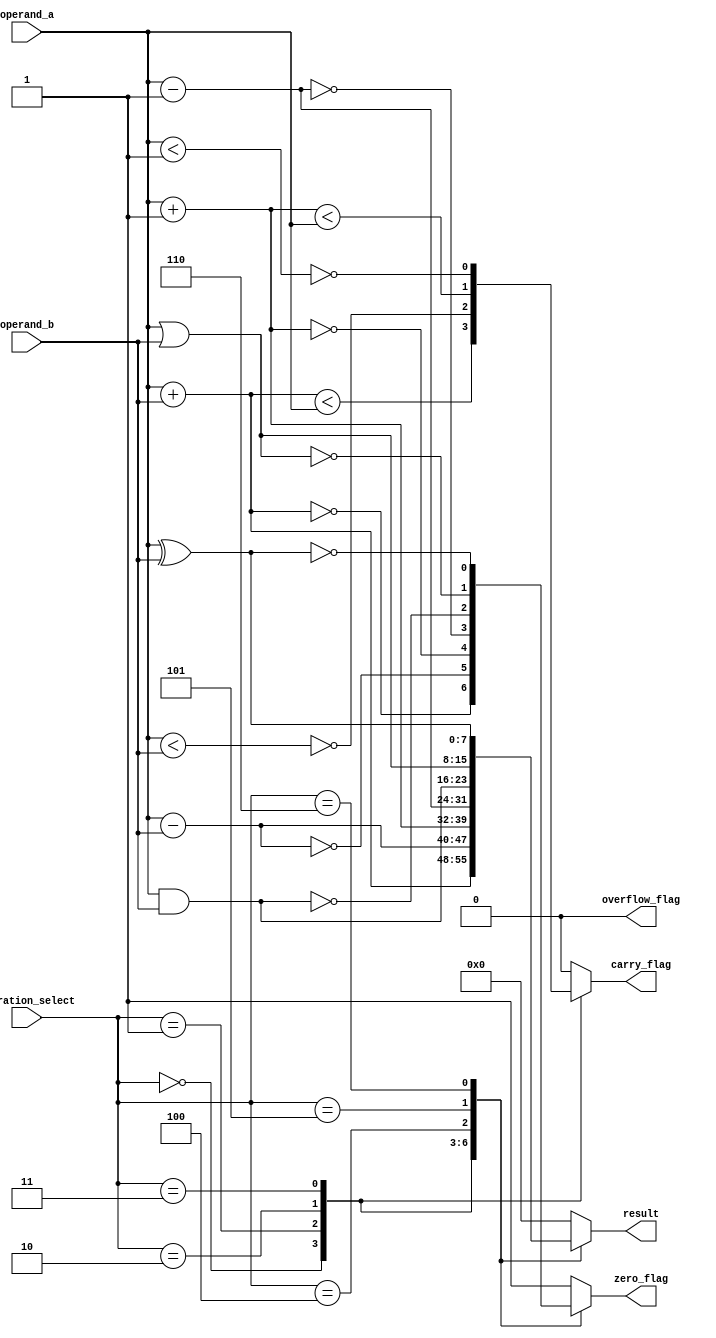
module ALU(
  input [7:0] operand_a,
  input [7:0] operand_b,
  input [2:0] operation_select,
  output reg [7:0] result,
  output reg zero_flag,
  output reg carry_flag,
  output reg overflow_flag
);

always @(*)
  case(operation_select)
    3'b000: 
      begin // Addition
        result = operand_a + operand_b;
        zero_flag = (result == 8'b00000000);
        carry_flag = (result < operand_a);
        overflow_flag = 0;
      end
    3'b001: 
      begin // Subtraction
        result = operand_a - operand_b;
        zero_flag = (result == 8'b00000000);
        carry_flag = ~(operand_a < operand_b);
        overflow_flag = 0;
      end
    3'b010:
      begin // Increment
        result = operand_a + 1;
        zero_flag = (result == 8'b00000000);
        carry_flag = (result < operand_a);
        overflow_flag = 0;
      end
    3'b011:
      begin // Decrement
        result = operand_a - 1;
        zero_flag = (result == 8'b00000000);
        carry_flag = ~(operand_a < 1);
        overflow_flag = 0;
      end
    3'b100:
      begin // Bitwise AND
        result = operand_a & operand_b;
        zero_flag = (result == 8'b00000000);
        carry_flag = 0;
        overflow_flag = 0;
      end
    3'b101:
      begin // Bitwise OR
        result = operand_a | operand_b;
        zero_flag = (result == 8'b00000000);
        carry_flag = 0;
        overflow_flag = 0;
      end
    3'b110:
      begin // Bitwise XOR
        result = operand_a ^ operand_b;
        zero_flag = (result == 8'b00000000);
        carry_flag = 0;
        overflow_flag = 0;
      end
    default:
      begin
        result = 8'b00000000;
        zero_flag = 1;
        carry_flag = 0;
        overflow_flag = 0;
      end
  endcase
endmodule